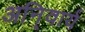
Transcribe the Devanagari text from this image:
अनि्वार्य